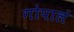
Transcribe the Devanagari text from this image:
गोपालं